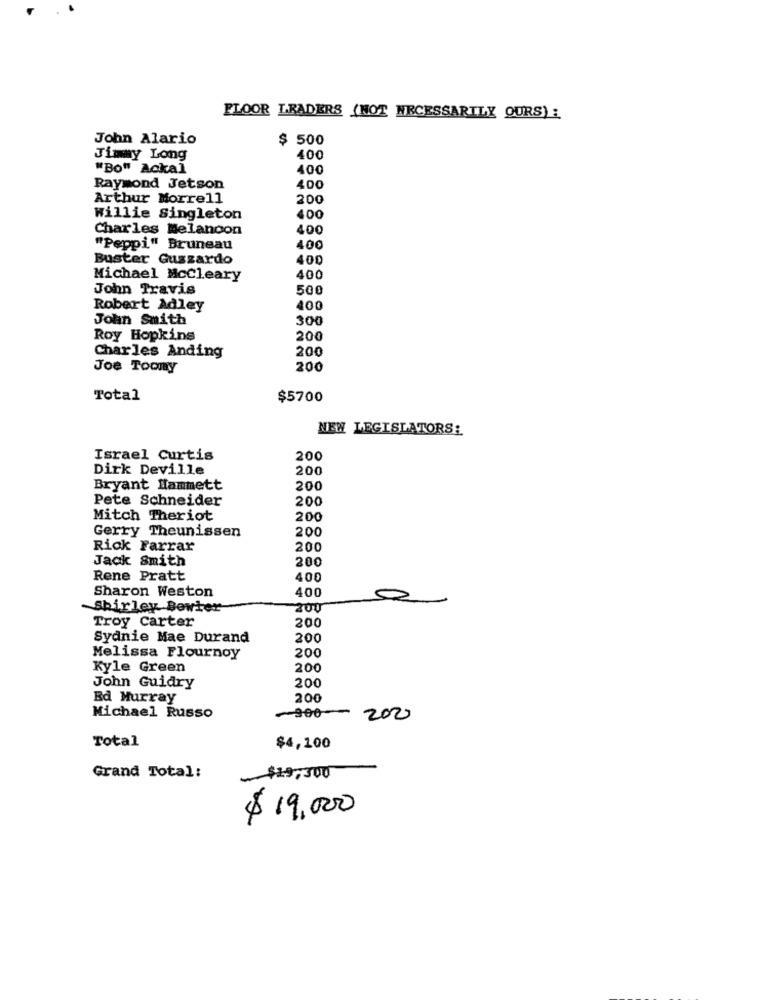
FLOOR LEADERS (NOT NECESSARILY OURS) :
John Alario
$ 500
Jimmy Long
400
"Bo" Ackal
400
Raymond Jetson
400
Arthur Morrell
200
Willie Singleton
400
Charles Melancon
400
"Peppi" Bruneau
400
Buster Guzzardo
400
Michael McCleary
400
John Travis
500
Robert Adley
400
John Smith
300
Roy Hopkins
200
200
Charles Anding
Joe Toomy
200
Total
$5700
NEW LEGISLATORS:
Israel Curtis
200
Dirk Deville
200
Bryant Hammett
200
Pete Schneider
200
Mitch Theriot
200
Gerry Theunissen
200
Rick Farrar
200
Jack Smith
200
Rene Pratt
400
Sharon Weston
400
Shirley Bewter
200
Troy Carter
200
Sydnie Mae Durand
200
200
Melissa Flournoy
Kyle Green
200
John Guidry
200
Ed Murray
200
Michael Russo
-300 --
200
Total
$4,100
Grand Total:
~ $19,300
$ 19.000